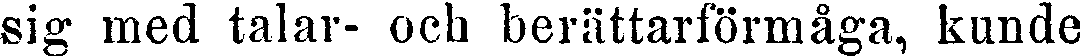
sig med talar- och berättarförmåga, kunde